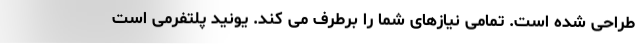
طراحی شده است. تمامی نیازهای شما را برطرف می کند. یونید پلتفرمی است